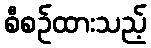
စီစဉ်ထားသည့်